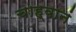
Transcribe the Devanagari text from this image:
चाह्वानं